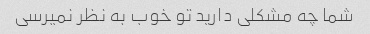
شما چه مشکلی دارید تو خوب به نظر نمیرسی